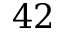
4 2